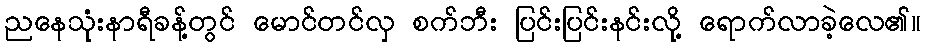
ညနေသုံးနာရီခန့်တွင် မောင်တင်လှ စက်ဘီး ပြင်းပြင်းနင်းလို့ ရောက်လာခဲ့လေ၏။